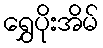
ရွှေပိုးအိမ်